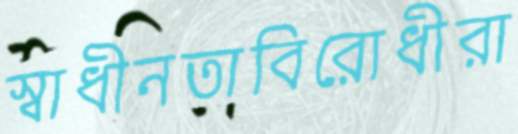
স্বাধীনতাবিরোধীরা